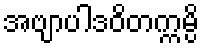
အဗျာပါဒဝိတက္ကမ္ပိ